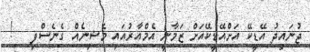
ޖުނައިދު އޭޑީކޭ އަށްއޭޑީކޭއަށް ޒަމާނީ އެމްއާރުއައި މެޝިނެއް ގެނެސްފި   !